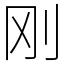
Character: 刚